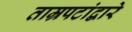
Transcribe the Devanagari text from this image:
ताम्रपटांद्वारे